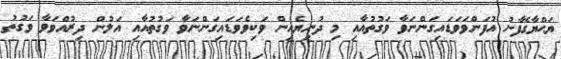
ޔަޙްޔާގެފާނު އުފަންވަވަޑައިގަންނަވާ ވަގުތުއާއި މި ދުނިޔެއިން ވަކިވެވަޑައިގަންނަވާ ވަގުތުއާއި އަލުން ދިރުއްވަވާ ވަގުތު